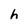
Character: h